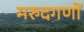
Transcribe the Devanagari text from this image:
मरुदगणों